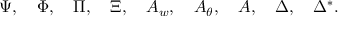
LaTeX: \Psi , ~ ~ ~ \Phi , ~ ~ ~ \Pi , ~ ~ ~ \Xi , ~ ~ ~ { \cal A } _ { w } , ~ ~ ~ { \cal A } _ { \theta } , ~ ~ ~ { \cal A } , ~ ~ ~ \Delta , ~ ~ ~ \Delta ^ { * } .